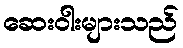
ဆေးဝါးများသည်